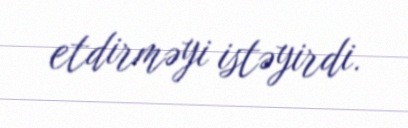
etdirməyi istəyirdi.